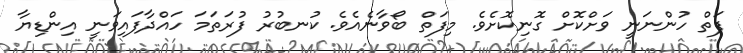
ފަތް ހުންނަނީ ވަށްކޮށް ގޮނިކޮށެވެ. މިފަތް ބޯވާނެއެވެ. ކުނބުރު ފުރަތަމަ ހައްދާފައިވަނީ އިންޑިޔާ